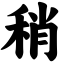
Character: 稍